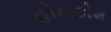
હોશકોશ